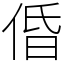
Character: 𠉣